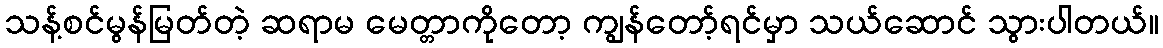
သန့်စင်မွန်မြတ်တဲ့ ဆရာမ မေတ္တာကိုတော့ ကျွန်တော့်ရင်မှာ သယ်ဆောင် သွားပါတယ်။